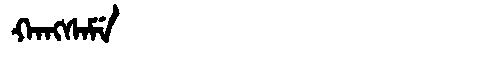
Manchu: ᡴᠠᠩᠰᠠᠮᡝ
Romanization: KANGSAME